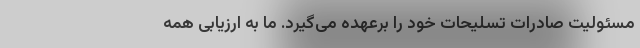
مسئولیت‌ صادرات تسلیحات خود را برعهده می‌گیرد. ما به ارزیابی همه